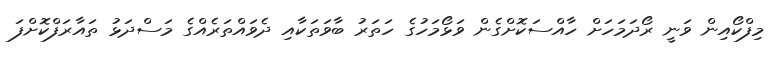
މިފްކޯއިން ވަނީ ރޯދަމަހަށް ހާއްސަކޮށްގެން ވަޅޯމަހުގެ ހަތަރު ބާވަތަކާއި ދެވަައްތަރެއްގެ މަސްދަޅު ތައާރަފްކޮށްފަ